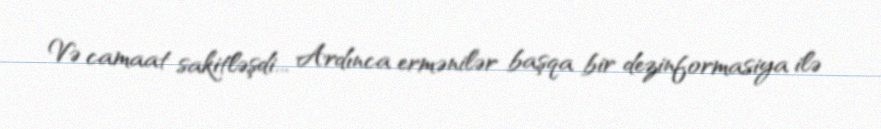
Və camaat sakitləşdi... Ardınca ermənilər başqa bir dezinformasiya ilə